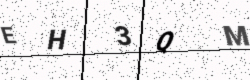
Text: EH3QM